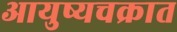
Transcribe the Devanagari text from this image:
आयुष्यचक्रात